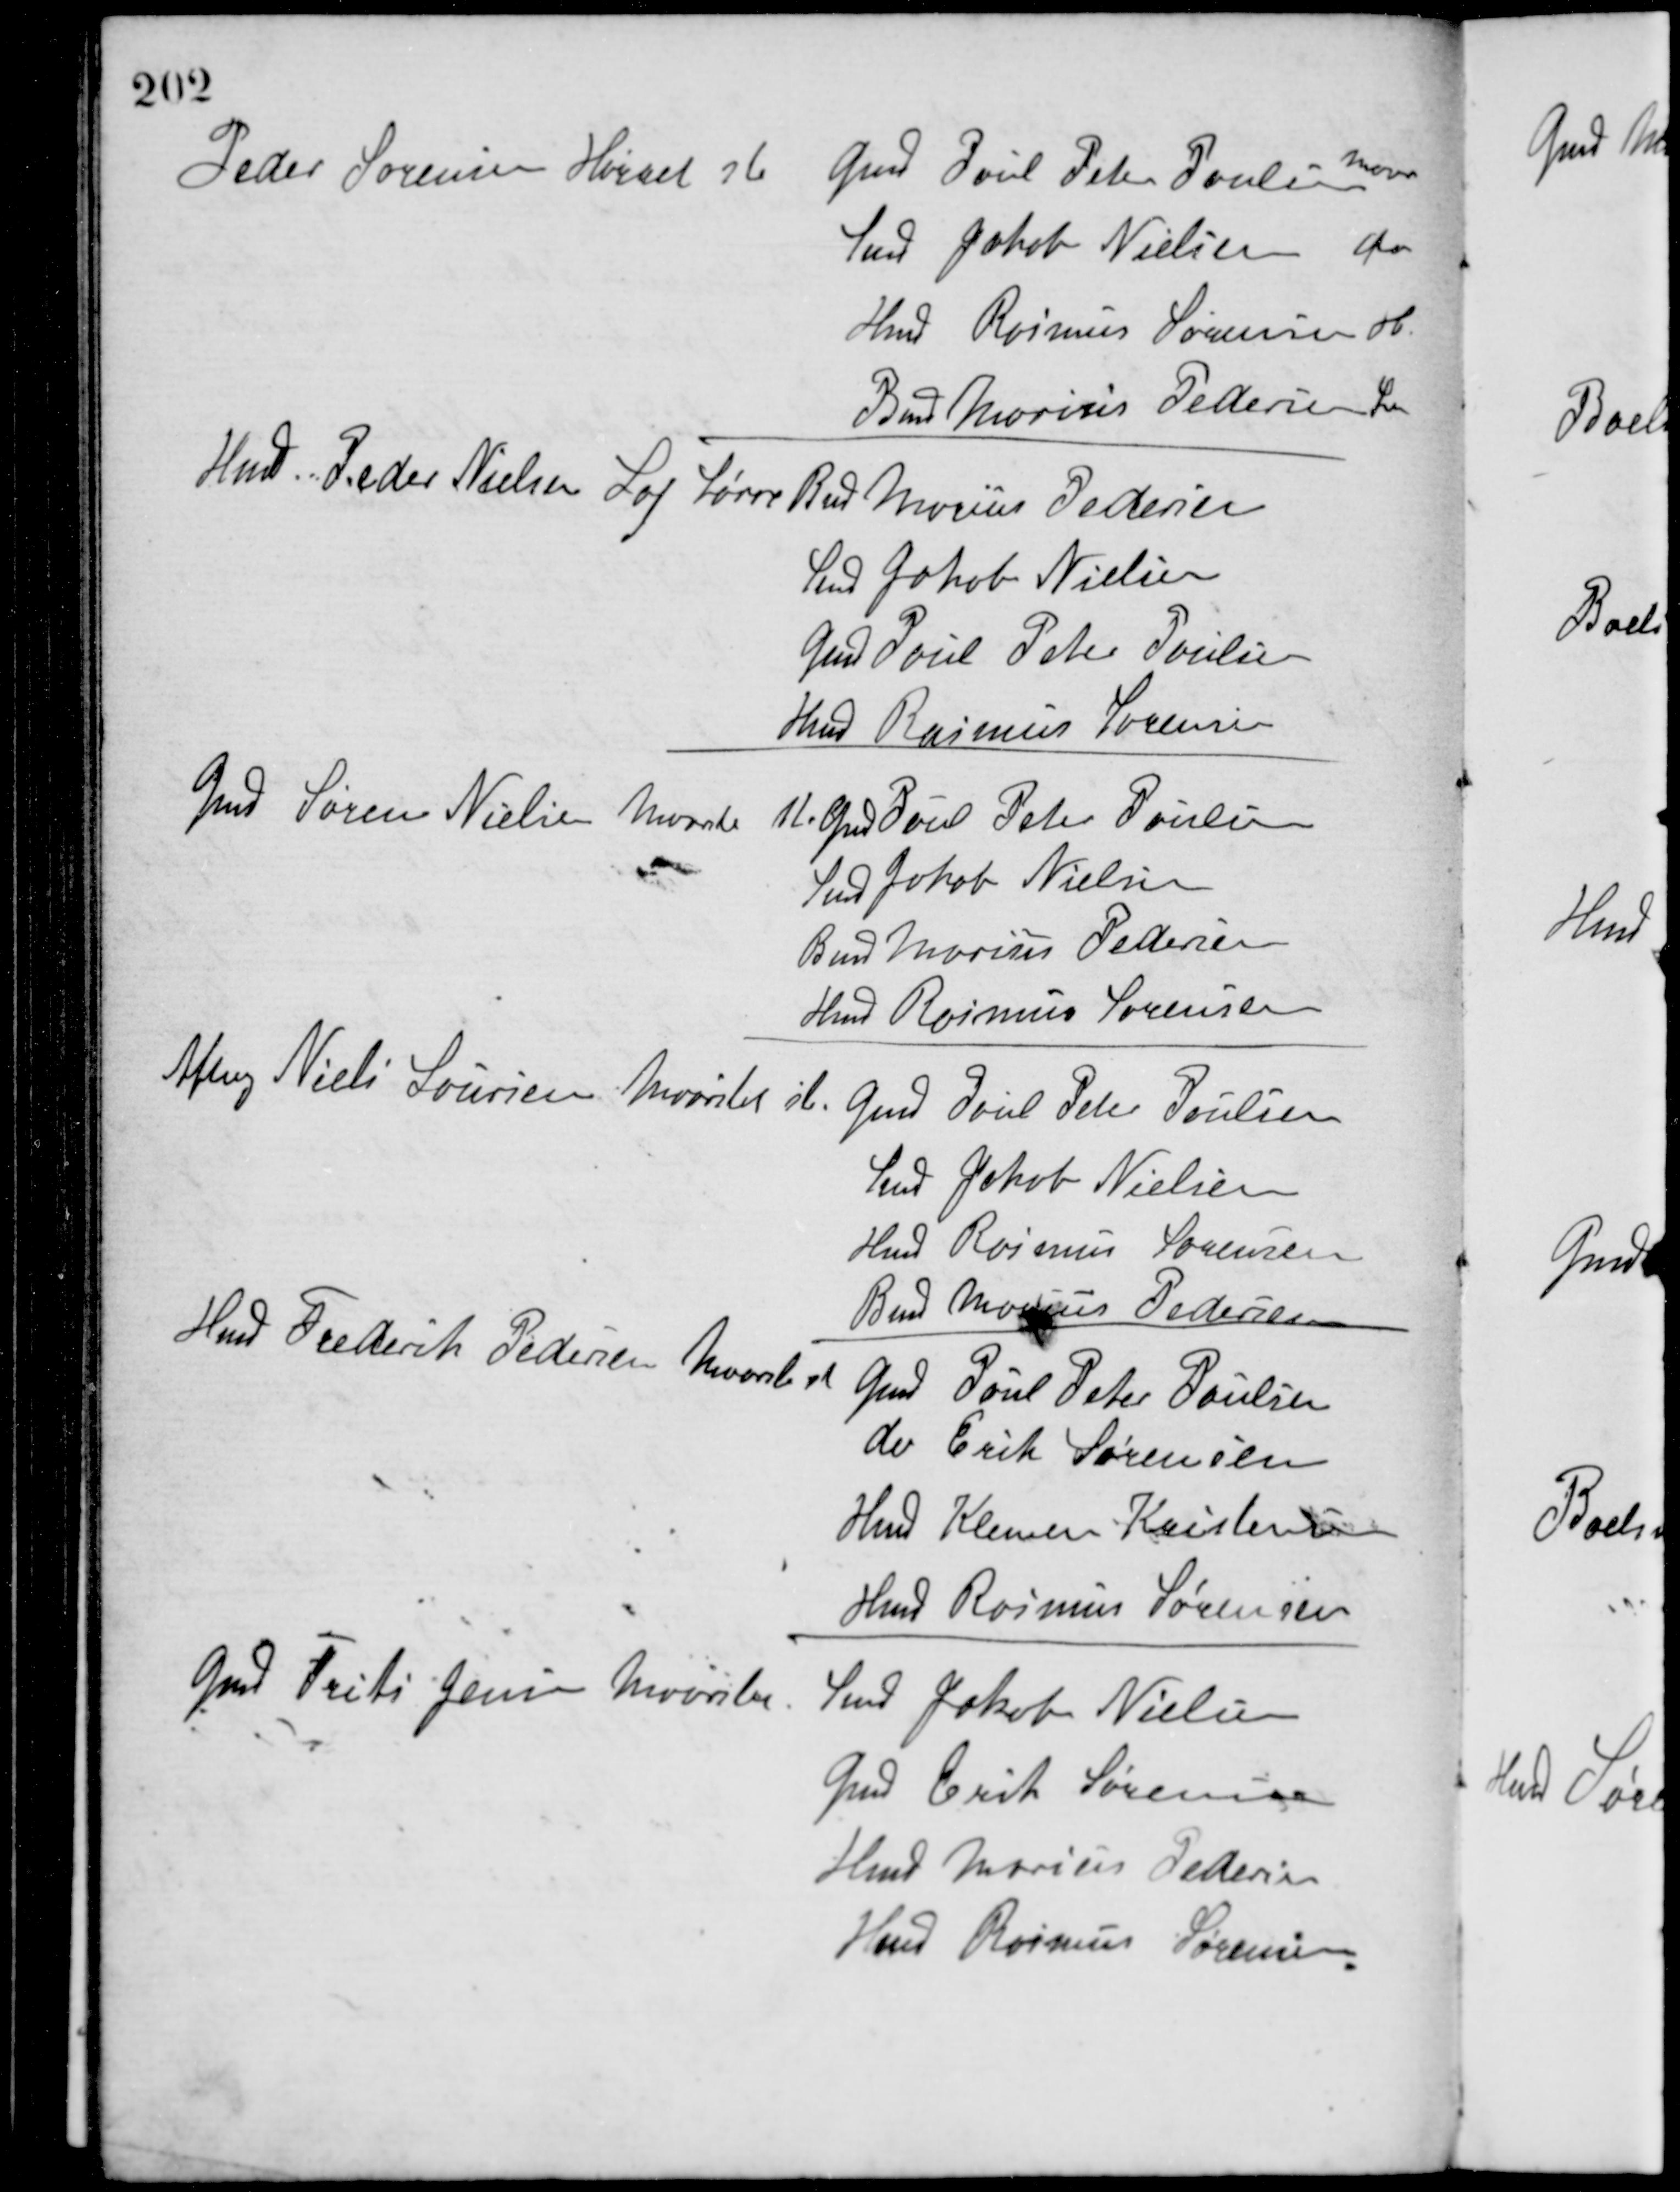
Transskription:
Peder Sørensen, Hørret st.
Gmd. Poul Peter Poulsen, Maar
Smed Jakob Nielsen, do
Hmd. Rasmus Sørensen, do
Boels Marius Pedersen, Lan.
Hmd. Peder Nielsen Loj Søren
Boels Marius Pedersen
Smed Jakob Nielsen
Gmd. Poul Peter Poulsen
Hmd. Rasmus Sørensen
Gmd. Søren Nielsen, Maarslet
H. Gmd. Poul Peter Poulsen
Smed Jakob Nielsen
Boels Marius Pedersen
Hmd. Rasmus Sørensen
Afborg Niels Laursen, Maarslet st.
Gmd. Poul Peter Poulsen
Smed Jakob Nielsen
Hmd. Rasmus Sørensen
Boels Marius Pedersen
Hmd Frederik Pedersen, Maarslet st
Gmd Poul Peter Poulsen
do Erik Sørensen
Hmd Klemen Kristensen
Hmd Rasmus Sørensen
Gmd Frits Jensen, Maarslet
Smed Jakob Nielsen
Gmd Erik Sørensen
Hmd Marius Pedersen
Hmd Rasmus Sørensen